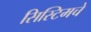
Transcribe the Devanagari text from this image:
सिस्टिमचे